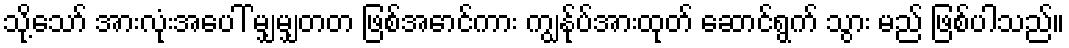
သို့သော် အားလုံးအပေါ် မျှမျှတတ ဖြစ်အောင်ကား ကျွန်ုပ်အားထုတ် ဆောင်ရွက် သွား မည် ဖြစ်ပါသည်။